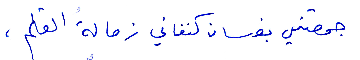
جمعتني بغسان كنفاني زمالة القلم